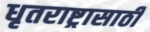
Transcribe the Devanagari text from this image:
धृतराष्ट्रासाठी